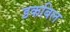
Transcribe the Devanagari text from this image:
डकबिल